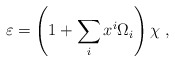
\begin{align*} \varepsilon = \left(1 + \sum_i x^i \Omega_i \right) \chi~,\end{align*}